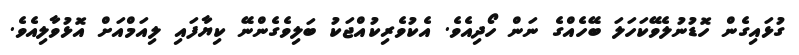
ގުޅައިގެން ހޮޑުނުލެވޭކަހަލަ ބޭހެއްގެ ނަން ހޯދިއެވެ. އެކުވެރިކުއްޖަކު ބަލިވެގެންނޭ ކިޔާފައި ލިއަމްއަށް އޮޅުވާލިއެވެ.